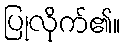
ပြုလိုက်၏။